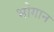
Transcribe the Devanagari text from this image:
भोगान